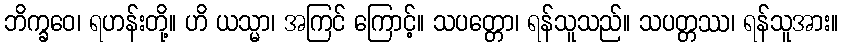
ဘိက္ခဝေ၊ ရဟန်းတို့။ ဟိ ယသ္မာ၊ အကြင် ကြောင့်။ သပတ္တော၊ ရန်သူသည်။ သပတ္တဿ၊ ရန်သူအား။